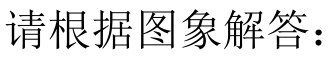
请根据图象解答：